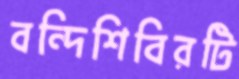
বন্দিশিবিরটি